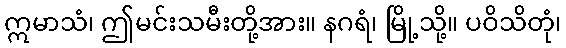
ဣမာသံ၊ ဤမင်းသမီးတို့အား။ နဂရံ၊ မြို့သို့။ ပဝိသိတုံ၊